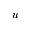
\bar { u }